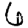
Digit: 6